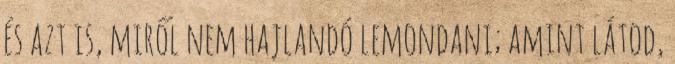
és azt is, miről nem hajlandó lemondani; amint látod,